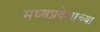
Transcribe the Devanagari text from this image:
मध्यप्रदेशाच्या